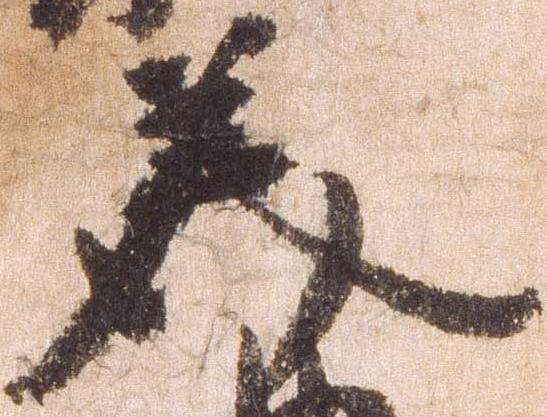
美